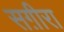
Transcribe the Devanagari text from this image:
सग़ीरा